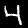
Label: 4